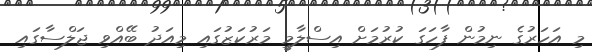
މި އަހަރުގެ ނިމުން ފާހަގަ ކުރުމަށް އިސްލާމީ މަރުކަޒުގައި މިއަދު ބޭއްވި ޖަލްސާގައި